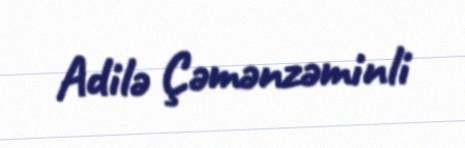
Adilə Çəmənzəminli